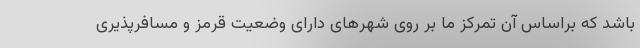
باشد که براساس آن تمرکز ما بر روی شهرهای دارای وضعیت قرمز و مسافرپذیری